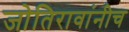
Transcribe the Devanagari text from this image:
जोतिरावांनीच